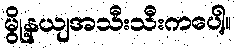
မွို့နယျအသီးသီးကပေါ့။